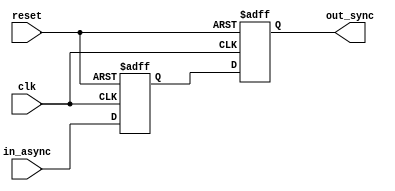
module ndff(clk, reset, in_async, out_sync);

input clk, reset, in_async;
output reg out_sync;

reg out_sync_reg;

always @(posedge clk or negedge reset)
begin
    if (reset == 1'b0) begin
        out_sync_reg <= 1'b0;
        out_sync <= 1'b0;
    end 
    else begin
        out_sync_reg <= in_async;
        out_sync <= out_sync_reg;
    end
end

endmodule